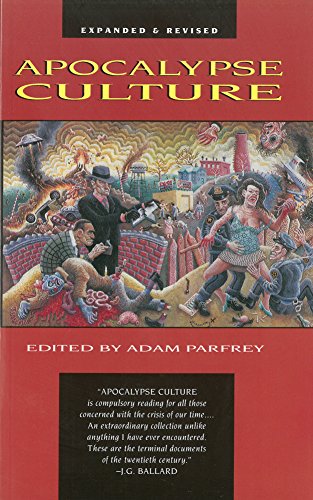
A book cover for Apocalypse Culture; History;